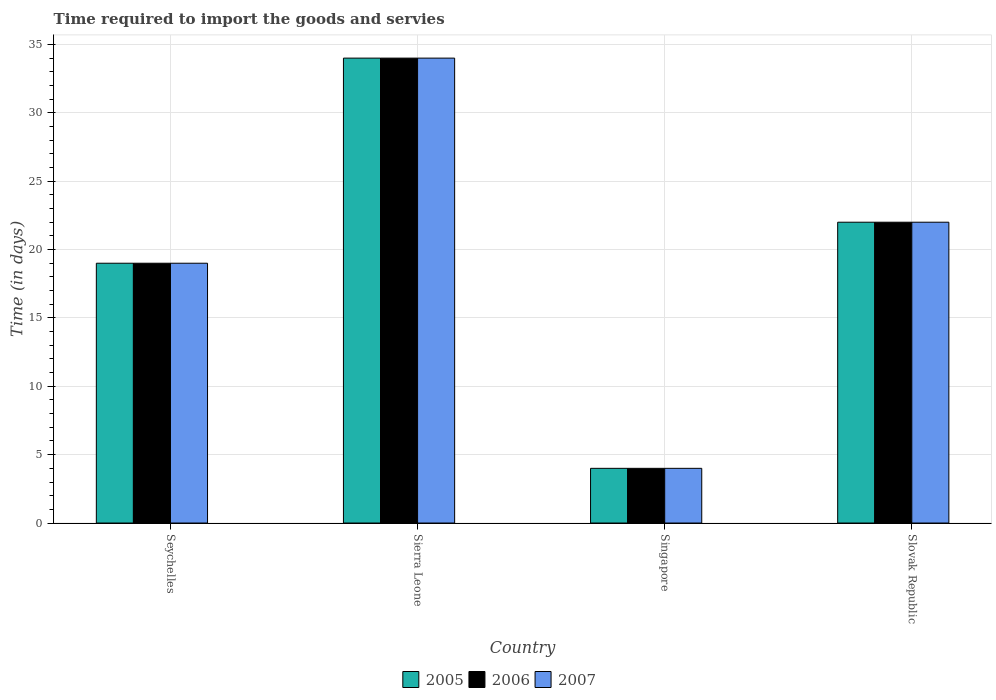
| Country | 2005 | 2006 | 2007 |
 | --- | --- | --- | --- |
 | Seychelles | 19 | 19 | 19 |
 | Sierra Leone | 34 | 34 | 34 |
 | Singapore | 4 | 4 | 4 |
 | Slovak Republic | 22 | 22 | 22 |